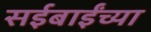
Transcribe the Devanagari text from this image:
सईबाईंच्या